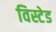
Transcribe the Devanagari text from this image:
विस्टेड